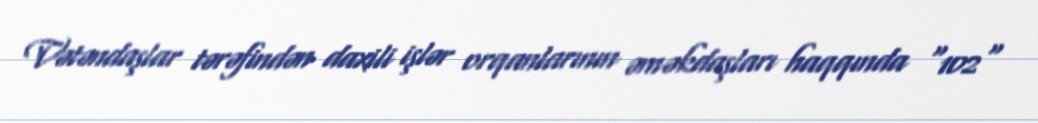
Vətəndaşlar tərəfindən daxili işlər orqanlarının əməkdaşları haqqında “102"